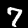
Label: 7